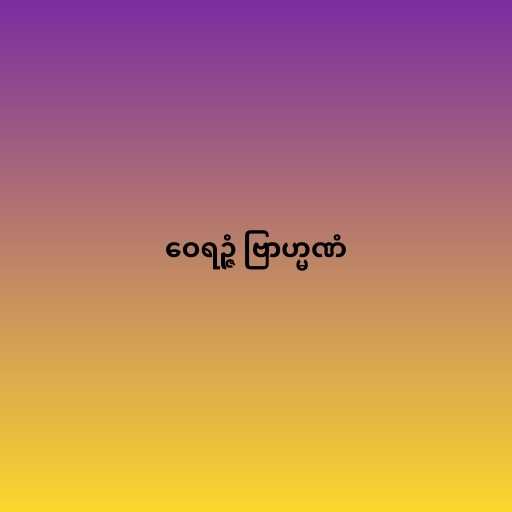
ဝေရဉ္ဇံ ဗြာဟ္မဏံ